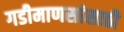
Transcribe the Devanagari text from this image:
गडीमाणसांसाठी